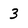
Character: 3